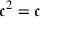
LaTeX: { \mathfrak { c } } ^ { 2 } = { \mathfrak { c } }